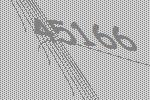
45166